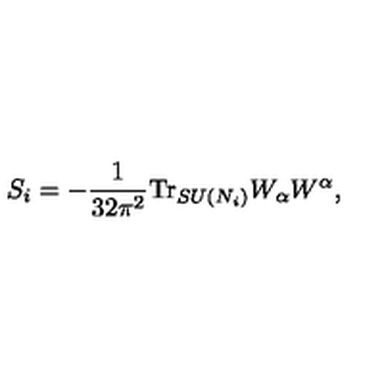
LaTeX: S _ { i } = - \frac { 1 } { 3 2 \pi ^ { 2 } } \mathrm { T r } _ { S U ( N _ { i } ) } W _ { \alpha } W ^ { \alpha } ,